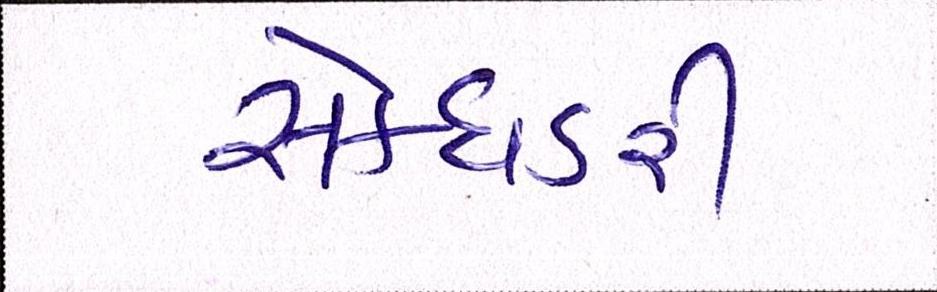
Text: સેક્ધડરી